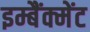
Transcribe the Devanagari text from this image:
इम्बैंक्मेंट